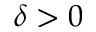
\delta > 0